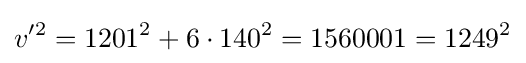
v'^{2}=1201^{2}+6\cdot 140^{2}=1560001=1249^{2}